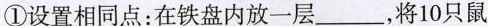
①设置相同点：在铁盘内放一层___，将10只鼠